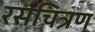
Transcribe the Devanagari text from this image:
रसचित्रण